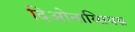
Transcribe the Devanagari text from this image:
दिओनाय्सियस